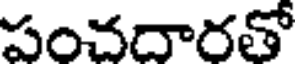
పంచదారతో